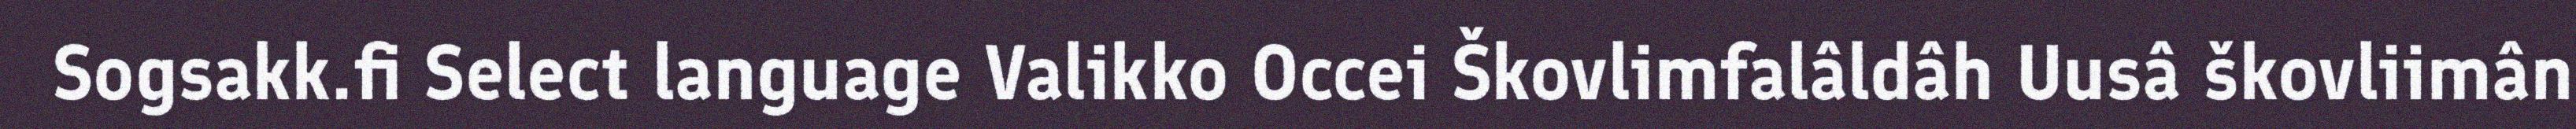
Sogsakk.fi Select language Valikko Occei Škovlimfalâldâh Uusâ škovliimân